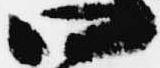
四